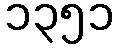
၁၃၅၁